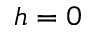
h = 0